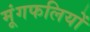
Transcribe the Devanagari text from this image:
मूंगफलियों